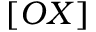
[ O X ]